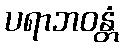
ပရာဘဝန္တံ